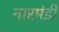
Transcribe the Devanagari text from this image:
नारमंडी